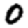
Digit: 0